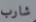
شارب